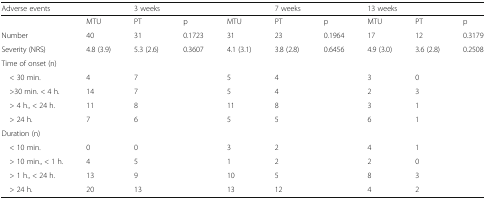
<table><thead><tr><td><b>Adverse events</b></td><td></td><td><b>3 weeks</b></td><td></td><td></td><td><b>7 weeks</b></td><td></td><td colspan="2"><b>13 weeks</b></td><td></td></tr></thead><tbody><tr><td></td><td>MTU</td><td>PT</td><td>p</td><td>MTU</td><td>PT</td><td>p</td><td>MTU</td><td>PT</td><td>p</td></tr><tr><td>Number</td><td>40</td><td>31</td><td>0.1723</td><td>31</td><td>23</td><td>0.1964</td><td>17</td><td>12</td><td>0.3179</td></tr><tr><td>Severity (NRS)</td><td>4.8 (3.9)</td><td>5.3 (2.6)</td><td>0.3607</td><td>4.1 (3.1)</td><td>3.8 (2.8)</td><td>0.6456</td><td>4.9 (3.0)</td><td>3.6 (2.8)</td><td>0.2508</td></tr><tr><td colspan="10">Time of onset (n)</td></tr><tr><td> &lt; 30 min.</td><td>4</td><td>7</td><td></td><td>5</td><td>4</td><td></td><td>3</td><td>0</td><td></td></tr><tr><td> &gt;30 min. &lt; 4 h.</td><td>14</td><td>7</td><td></td><td>5</td><td>4</td><td></td><td>2</td><td>3</td><td></td></tr><tr><td> &gt; 4 h., &lt; 24 h.</td><td>11</td><td>8</td><td></td><td>11</td><td>8</td><td></td><td>3</td><td>1</td><td></td></tr><tr><td> &gt; 24 h.</td><td>7</td><td>6</td><td></td><td>5</td><td>5</td><td></td><td>6</td><td>1</td><td></td></tr><tr><td colspan="10">Duration (n)</td></tr><tr><td> &lt; 10 min.</td><td>0</td><td>0</td><td></td><td>3</td><td>2</td><td></td><td>4</td><td>1</td><td></td></tr><tr><td> &gt; 10 min., &lt; 1 h.</td><td>4</td><td>5</td><td></td><td>1</td><td>2</td><td></td><td>2</td><td>0</td><td></td></tr><tr><td> &gt; 1 h., &lt; 24 h.</td><td>13</td><td>9</td><td></td><td>10</td><td>5</td><td></td><td>8</td><td>3</td><td></td></tr><tr><td> &gt; 24 h.</td><td>20</td><td>13</td><td></td><td>13</td><td>12</td><td></td><td>4</td><td>2</td><td></td></tr></tbody></table>